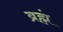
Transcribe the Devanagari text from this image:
ब्रह्मं